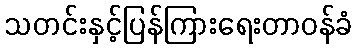
သတင်းနှင့်ပြန်ကြားရေးတာဝန်ခံ